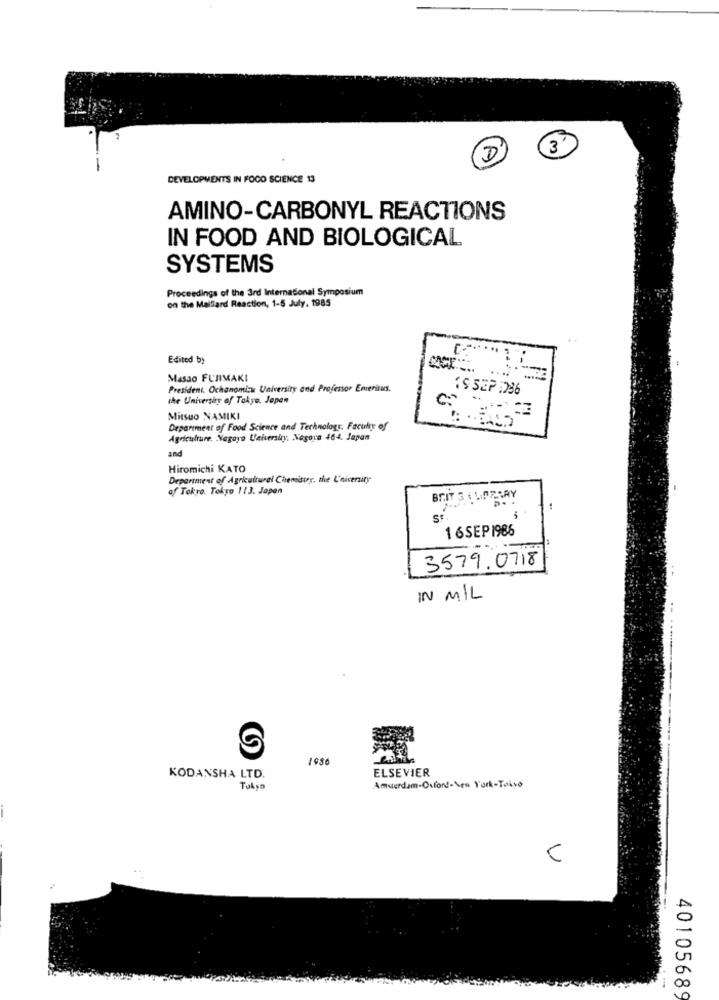
5 3
DEVELOPMENTS IN FOCO SCIENCE 13
AMINO-CARBONYL REACTIONS
IN FOOD AND BIOLOGICAL
SYSTEMS
Proceedings of the 3rd International Symposium
on the Maillard Reaction, 1-5 July, 1985
Edited by
Masao FUJIMAKI
President, Ochanomizu University and Professor Emeritus.
the University of Tokyo. Jepen
C.
Mitsuo NAMIKI
Department of Food Science and Technology. Faculty of
Agriculture. Nagoya University, Nagora 464. Japan
and
Hiromichi KATO
Department of Agriculturel Chemistry, the University
of Tokyo. Tokyo 113. Japan
BRIT 3 ILISZARY
St.
1 6SEP 1986
3579.0718
IN MIL
1956
ELSEVIER
KODANSHA LTD.
Amsterdam-Osfond-Sen York-Toiso
40105689